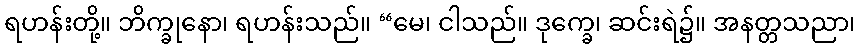
ရဟန်းတို့။ ဘိက္ခုနော၊ ရဟန်းသည်။ “မေ၊ ငါသည်။ ဒုက္ခေ၊ ဆင်းရဲ၌။ အနတ္တသညာ၊